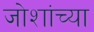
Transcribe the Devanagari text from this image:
जोशांच्या